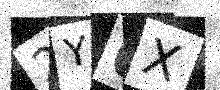
Text: 2Y6X